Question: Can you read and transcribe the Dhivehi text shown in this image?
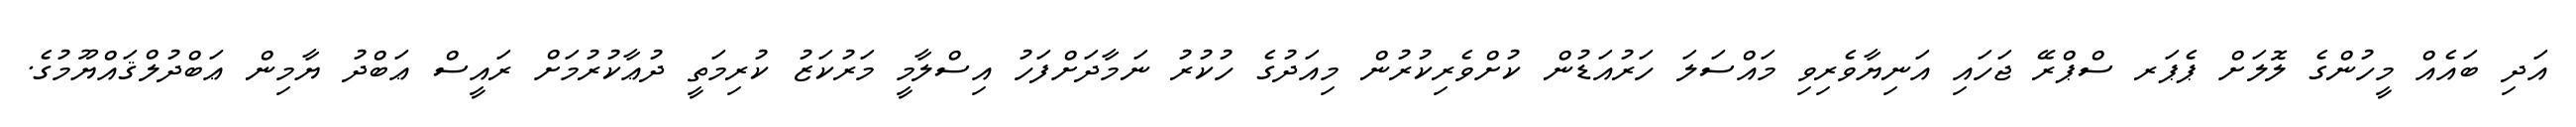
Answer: އަދި ބައެއް މީހުންގެ ލޮލަށް ޕެޕަރ ސްޕްރޭ ޖަހައި އަނިޔާވެރިވި މައްސަލަ ހަރުއަޑުން ކުށްވެރިކުރުން މިއަދުގެ ހުކުރު ނަމާދަށްފަހު އިސްލާމީ މަރުކަޒު ކުރިމަތީ ދުޢާކުރުމަށް ރައީސް ޢަބްދު ޔާމިން ޢަބްދުލްޤައްޔޫމުގެ.